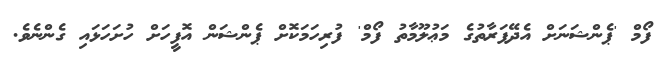
ފޯމް 'ޕެންޝަނަށް އެދޭފަރާތުގެ މަޢުލޫމާތު ފޯމް' ފުރިހަމަކޮށް ޕެންޝަން އޮފީހަށް ހުށަހަޅައި ގެންނެވެ.